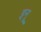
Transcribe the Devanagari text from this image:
इनू